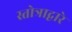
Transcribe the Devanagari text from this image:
स्तोत्राद्वारे